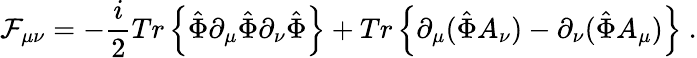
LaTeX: {\cal F}_{\mu\nu}=-\frac{i}{2}Tr\left\{ \hat{\Phi}\partial_{\mu}\hat{\Phi}\partial_{\nu}\hat{\Phi}\right\} +Tr\left\{ \partial_{\mu}(\hat{\Phi}A_{\nu})-\partial_{\nu}(\hat{\Phi}A_{\mu})\right\} \ .